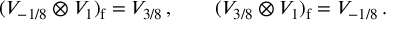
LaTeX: ( { \cal V } _ { - 1 / 8 } \otimes { \cal V } _ { 1 } ) _ { \mathrm { f } } = { \cal V } _ { 3 / 8 } \, , \qquad ( { \cal V } _ { 3 / 8 } \otimes { \cal V } _ { 1 } ) _ { \mathrm { f } } = { \cal V } _ { - 1 / 8 } \, .